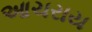
આચરાય